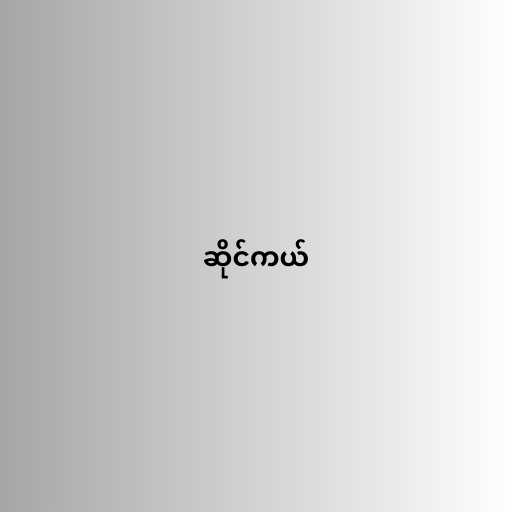
ဆိုင်ကယ်